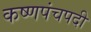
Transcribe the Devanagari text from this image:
कष्णपंचपदी